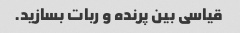
قیاسی بین پرنده و ربات بسازید.